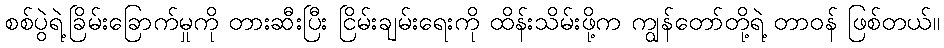
စစ်ပွဲရဲ့ခြိမ်းခြောက်မှုကို တားဆီးပြီး ငြိမ်းချမ်းရေးကို ထိန်းသိမ်းဖို့က ကျွန်တော်တို့ရဲ့ တာဝန် ဖြစ်တယ်။